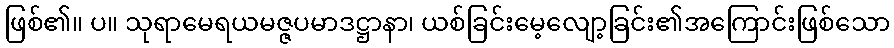
ဖြစ်၏။ ပ။ သုရာမေရယမဇ္ဇပမာဒဋ္ဌာနာ၊ ယစ်ခြင်းမေ့လျော့ခြင်း၏အကြောင်းဖြစ်သော